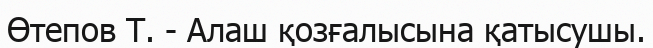
Өтепов Т. - Алаш қозғалысына қатысушы.